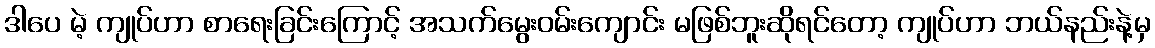
ဒါပေ မဲ့ ကျုပ်ဟာ စာရေးခြင်းကြောင့် အသက်မွေးဝမ်းကျောင်း မဖြစ်ဘူးဆိုရင်တော့ ကျုပ်ဟာ ဘယ်နည်းနဲ့မှ